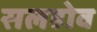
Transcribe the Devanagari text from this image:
सलहोव